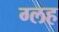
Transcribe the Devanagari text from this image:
ग्लह